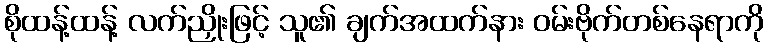
စိုထန့်ထန့် လက်ညှိုးဖြင့် သူ၏ ချက်အထက်နား ဝမ်းဗိုက်တစ်နေရာကို